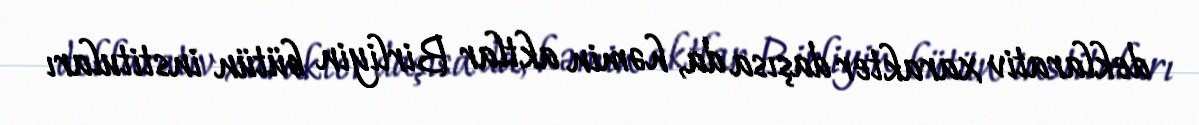
deklarativ xarakter daşısa da, həmin aktlar Birliyin bütün instituları